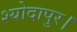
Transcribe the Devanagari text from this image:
श्योदापुर।